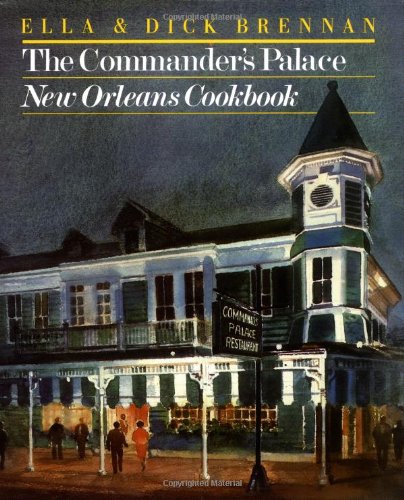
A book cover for The Commander's Palace: New Orleans Cookbook; Ella Brennan; Cookbooks, Food & Wine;